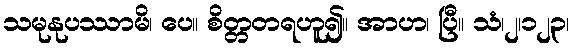
သမုနုပဿာမိ၊ ပေ။ စိတ္တတရဟူ၍။ အာဟ၊ ပြီ။ သံ၊၂၊၁၂၃၊